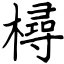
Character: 樳